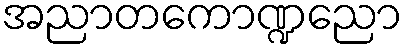
အညာတကောဏ္ဍညော